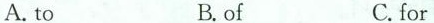
A. to B. of C. for